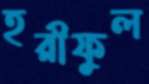
হরীফুল